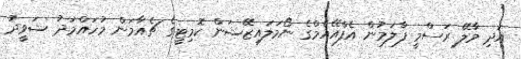
އަދި މާލޭ ރަސްމީ ފާލަމުން އެފްއޭއެމްގެ ނޯމަލައިޒޭޝަން ކޮމިޓީގެ ޗެއާމަން މުހައްމަދު ޝަވީދު